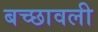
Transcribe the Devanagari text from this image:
बच्छावली